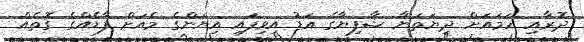
ދޮރާއި ހަމައަށް ދިޔަތަނާ ޝާފިޔާގެ އަޑު އިވިފައި އިޔަންގެ މެއަށް ފާޑެއްގެ ގޮތެއް